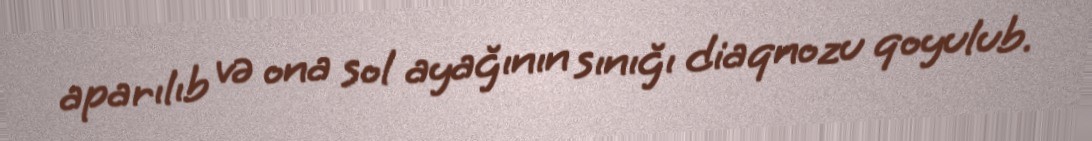
aparılıb və ona sol ayağının sınığı diaqnozu qoyulub.